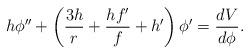
LaTeX: \begin{align*}h\phi''+\left(\frac{3h}{r}+\frac{h f'}{f}+h'\right)\phi'=\frac{dV}{d\phi}.\end{align*}